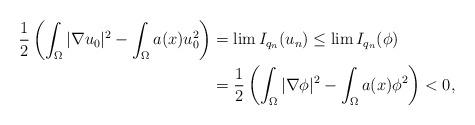
LaTeX: \begin{align*}\frac{1}{2}\left( \int_{\Omega}|\nabla u_{0}|^{2}-\int_{\Omega}a(x)u_{0}^{2}\right) & =\lim I_{q_{n}}(u_{n})\leq\lim I_{q_{n}}(\phi)\\& =\frac{1}{2}\left( \int_{\Omega}|\nabla\phi|^{2}-\int_{\Omega}a(x)\phi^{2}\right) <0,\end{align*}